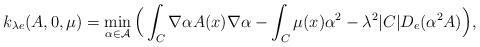
LaTeX: \begin{align*} k_{\lambda e}(A,0,\mu)=\min_{\alpha\in \mathcal{A}} \Big(\int_C \nabla\alpha A(x)\nabla \alpha -\int_C \mu(x)\alpha^2 -\lambda^2 |C| D_e (\alpha^2 A) \Big),\end{align*}